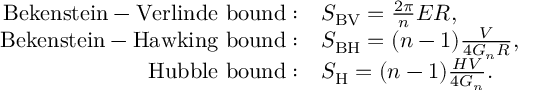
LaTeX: \begin{array} { r l } { { \mathrm { B e k e n s t e i n - V e r l i n d e ~ b o u n d } : } } & { { S _ { \mathrm { B V } } = \frac { 2 \pi } { n } E R , } } \\ { { \mathrm { B e k e n s t e i n - H a w k i n g ~ b o u n d } : } } & { { S _ { \mathrm { B H } } = ( n - 1 ) \frac { V } { 4 G _ { n } R } , } } \\ { { \mathrm { H u b b l e ~ b o u n d } : } } & { { S _ { \mathrm { H } } = ( n - 1 ) \frac { H V } { 4 G _ { n } } . } } \end{array}